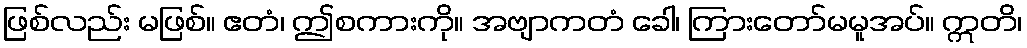
ဖြစ်လည်း မဖြစ်။ ဧတံ၊ ဤစကားကို။ အဗျာကတံ ခေါ၊ ကြားတော်မမူအပ်။ ဣတိ၊